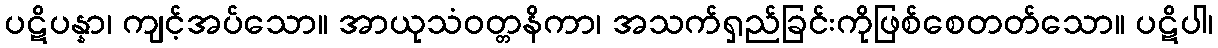
ပဋိပန္နာ၊ ကျင့်အပ်သော။ အာယုသံဝတ္တနိကာ၊ အသက်ရှည်ခြင်းကိုဖြစ်စေတတ်သော။ ပဋိပါ၊